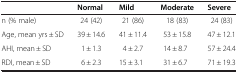
|  | Normal | Mild | Moderate | Severe |
 | --- | --- | --- | --- | --- |
 | n (% male) | 24 (42) | 21 (86) | 18 (83) | 24 (83) |
 | Age, mean yrs ± SD | 39 ± 14.6 | 41 ± 11.4 | 53 ± 15.8 | 47 ± 12.1 |
 | AHI, mean ± SD | 1 ± 1.3 | 4 ± 2.7 | 14 ± 8.7 | 57 ± 24.4 |
 | RDI, mean ± SD | 6 ± 2.3 | 15 ± 3.1 | 31 ± 6.7 | 71 ± 19.3 |